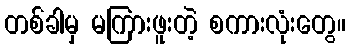
တစ်ခါမှ မကြားဖူးတဲ့ စကားလုံးတွေ။